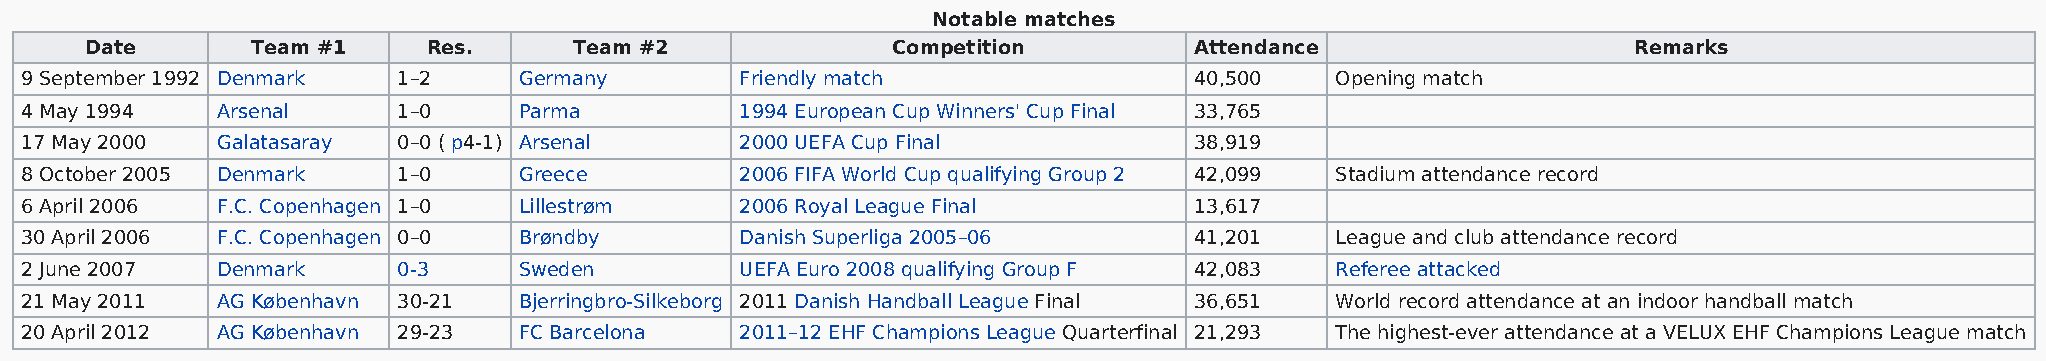
Notable matches
 Date       Team #1    Res.      Team #2              Competition         Attendance                   Remarks
 9 September 1992 Denmark 1–2     Germany        Friendly match                40,500   Opening match
 4 May 1994   Arsenal     1–0     Parma          1994 European Cup Winners' Cup Final 33,765
 17 May 2000  Galatasaray 0–0 ( p4-1) Arsenal    2000 UEFA Cup Final           38,919
 8 October 2005 Denmark   1–0     Greece         2006 FIFA World Cup qualifying Group 2 42,099 Stadium attendance record
 6 April 2006 F.C. Copenhagen 1–0 Lillestrøm     2006 Royal League Final       13,617
 30 April 2006 F.C. Copenhagen 0–0 Brøndby       Danish Superliga 2005–06      41,201   League and club attendance record
 2 June 2007  Denmark     0-3     Sweden         UEFA Euro 2008 qualifying Group F 42,083 Referee attacked
 21 May 2011  AG København 30-21  Bjerringbro-Silkeborg 2011 Danish Handball League Final 36,651 World record attendance at an indoor handball match
 20 April 2012 AG København 29-23 FC Barcelona   2011–12 EHF Champions League Quarterfinal 21,293 The highest-ever attendance at a VELUX EHF Champions League match